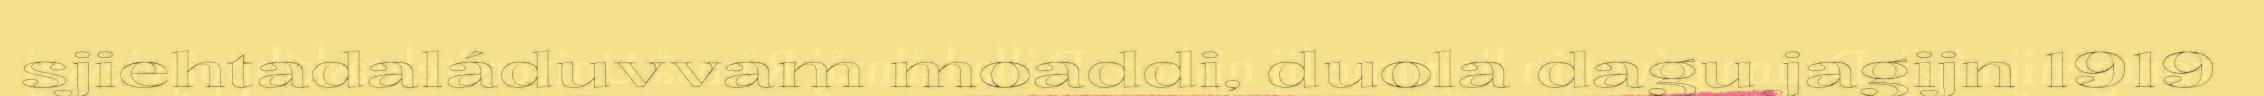
sjiehtadaláduvvam moaddi, duola dagu jagijn 1919